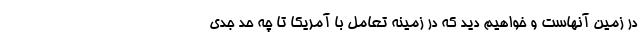
در زمین آنهاست و خواهیم دید که در زمینه تعامل با آمریکا تا چه حد جدی